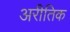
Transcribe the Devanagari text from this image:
अरीतिक